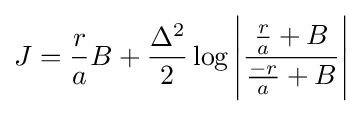
J={r \over a}B+{\Delta ^{2} \over 2}\log {\Biggr |}{{r \over a}+B \over {-r \over a}+B}{\Biggr |}